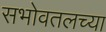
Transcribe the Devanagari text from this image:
सभोवतलच्या